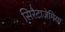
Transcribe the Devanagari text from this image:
सिरैटाज़ेमिया